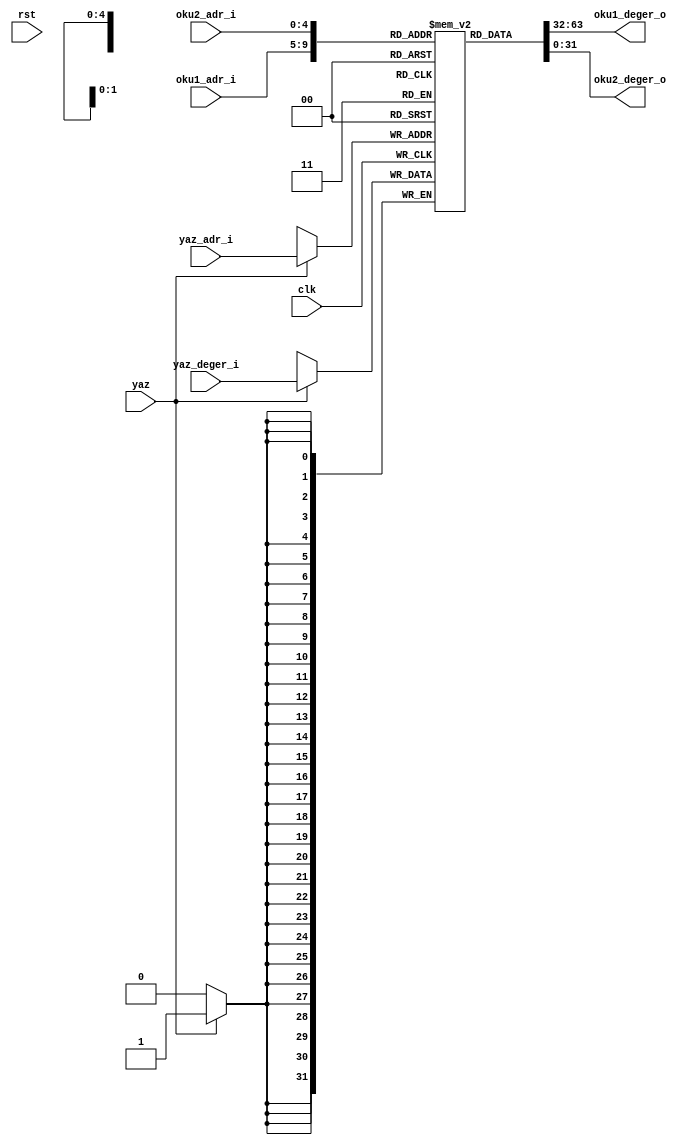
`timescale 1ns / 1ps
module Register(
   input  wire clk,
   input  wire rst,
   // okuma arayuzu
   input  wire [ 4:0] oku1_adr_i, // rs1
   input  wire [ 4:0] oku2_adr_i, // rs2
   output wire [31:0] oku1_deger_o,
   output wire [31:0] oku2_deger_o,
   // yazma arayuzu
   input  wire [ 4:0] yaz_adr_i, // hy
   input  wire [31:0] yaz_deger_i,
   input  wire        yaz
    );
    reg [31:0] sync32[31:0];

    assign oku1_deger_o = sync32[oku1_adr_i];
    assign oku2_deger_o = sync32[oku2_adr_i];
    
    always@(posedge clk) begin
      if(yaz) begin
         sync32[yaz_adr_i] <=  yaz_deger_i;
      end
      if(rst) begin
       //buray 0'latma kodlarn yaz
      end
   end
endmodule

//https://github.com/KASIRGA-KIZIL/tekno-kizil/blob/main/
//verilog-tasarimi/cekirdek/boru_hatti/coz_yazmacoku/yazmac_obegi.v